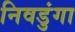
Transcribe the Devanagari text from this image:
निवडुंगा